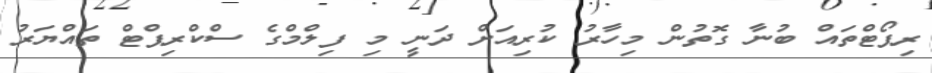
ރިޕޯޓްތައް ބުނާ ގޮތުން މިހާރު ކުރިއަށް ދަނީ މި ފިލްމްގެ ސްކްރިޕްޓް ތައްޔަރު